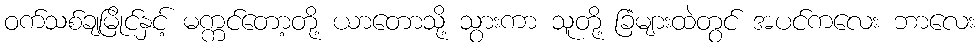
ဝက်သစ်ချမြိုင်နှင့် မက္ကင်တော့တို့ ယာတောသို့ သွားကာ သူတို့ ခြံများထဲတွင် အပင်ကလေး ဘာလေး